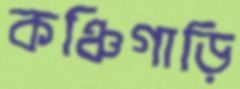
কঞ্চিগাড়ি